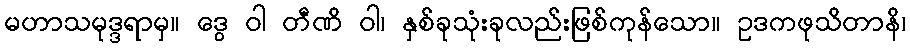
မဟာသမုဒ္ဒရာမှ။ ဒွေ ဝါ တီဏိ ဝါ၊ နှစ်ခုသုံးခုလည်းဖြစ်ကုန်သော။ ဥဒကဖုသိတာနိ၊